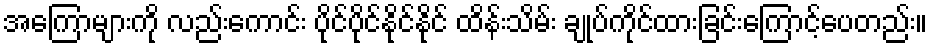
အကြောများကို လည်းကောင်း ပိုင်ပိုင်နိုင်နိုင် ထိန်းသိမ်း ချုပ်ကိုင်ထားခြင်းကြောင့်ပေတည်း။